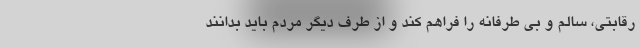
رقابتی، سالم و بی طرفانه را فراهم کند و از طرف دیگر مردم باید بدانند